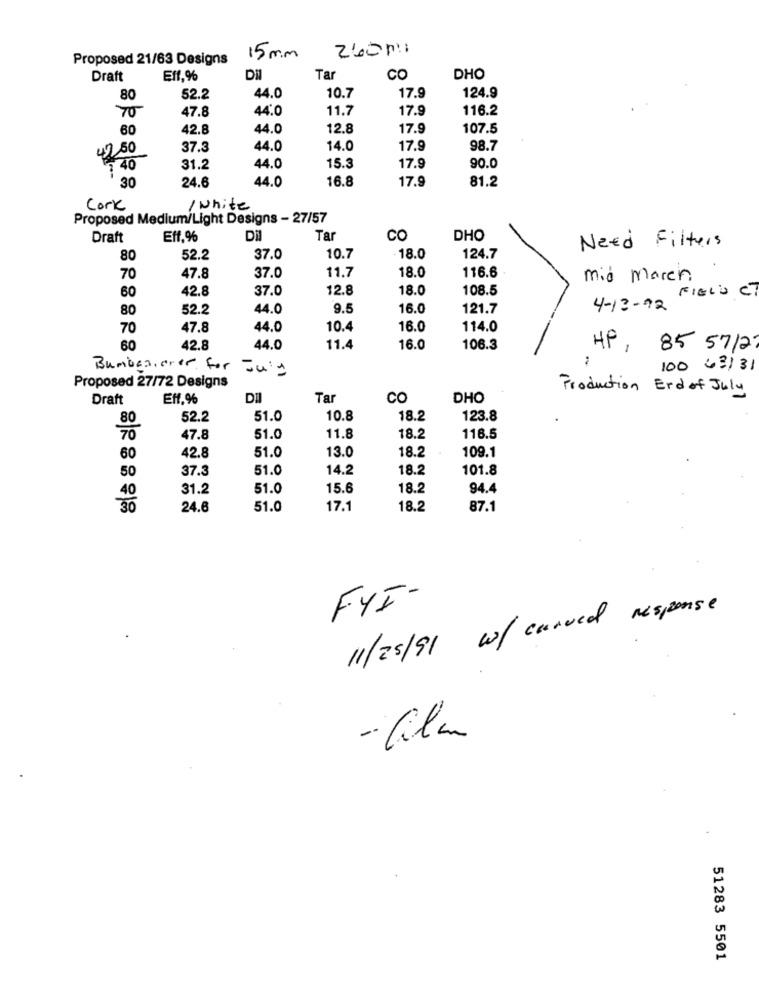
Proposed 21/63 Designs
15 mm
Draft
Eff.%
Dil
Tar
CO
DHO
80
52.2
44.0
10.7
17.9
124.9
47.8
44.0
11.7
17.9
116.2
70
60
42.8
44.0
12.8
17.9
107.5
42 50
37.3
44.0
14.0
17.9
98.7
40
31.2
44.0
15.3
17.9
90.0
30
44.0
16.8
17.9
81.2
24.6
Cork
/ white
Proposed Medium/Light Designs - 27/57
Draft
Eff.%
Dil
Tar
CO
DHO
Need Filters
80
52.2
37.0
10.7
18.0
124.7
18.0
70
47.8
37.0
11.7
116.6
mid maren
60
42.8
37.0
12.8
18.0
108.5
FIELD CT
80
52.2
44.0
9.5
16.0
121.7
4- 13- 72
70
47.8
44.0
10.4
16.0
114.0
60
42.8
44.0
11.4
16.0
106.3
HP, 85 5712
Bumbaa, over for July
100 43131
Proposed 27/72 Designs
Production Erd of July
Draft
Eff.%
DII
Tar
co
DHO
52.2
51.0
10.8
18.2
123.8
80
47.8
51.0
11.8
18.2
116.5
18.2
109.1
60
42.8
51.0
13.0
37.3
51.0
14.2
18.2
101.8
50
31.2
51.0
15.6
18.2
94.4
40
24.6
51.0
17.1
18.2
87.1
FYI-
11/25/91 w/ curved response
- film
51283 5501